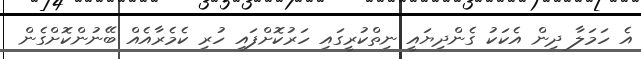
އެ ހަމަލާ ދިން އެކަކު ގެންދިޔައީ ނިތްކުރީގައި ހަރުކޮށްފައި ހުރި ކެމެރާއެއް ބޭނުންކޮށްގެން